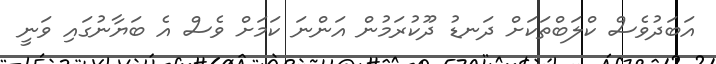
އަބަދުވެސް ކްލަބްތަކަށް ދަނޑު ދޫކުރަމުން އަންނަ ކަމަށް ވެސް އެ ބަޔާނުގައި ވަނީ